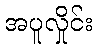
အပူလှိုင်း